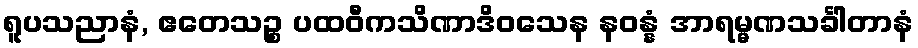
ရူပသညာနံ, ဧတေသဉ္စ ပထဝီကသိဏာဒိဝသေန နဝန္နံ အာရမ္မဏသင်္ခါတာနံ